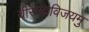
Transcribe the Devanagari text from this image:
वीरभद्रविजयमु